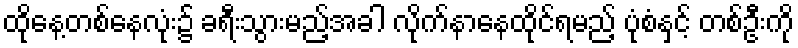
ထိုနေ့တစ်နေလုံး၌ ခရီးသွားမည့်အခါ လိုက်နာနေထိုင်ရမည့် ပုံစံနှင့် တစ်ဦးကို